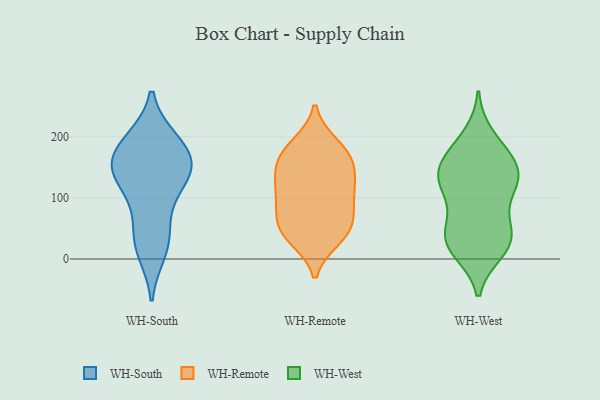
{"axis": {"x": "Revenue (USD Million)", "y": "Value"}, "legend": ["WH-Remote", "WH-South", "WH-West"], "data": [{"x": "", "y": 27, "type": "WH-South"}, {"x": "", "y": 138, "type": "WH-South"}, {"x": "", "y": 98, "type": "WH-South"}, {"x": "", "y": 193, "type": "WH-South"}, {"x": "", "y": 154, "type": "WH-South"}, {"x": "", "y": 178, "type": "WH-South"}, {"x": "", "y": 142, "type": "WH-South"}, {"x": "", "y": 158, "type": "WH-South"}, {"x": "", "y": 48, "type": "WH-South"}, {"x": "", "y": 193, "type": "WH-South"}, {"x": "", "y": 13, "type": "WH-South"}, {"x": "", "y": 134, "type": "WH-South"}, {"x": "", "y": 45, "type": "WH-Remote"}, {"x": "", "y": 113, "type": "WH-Remote"}, {"x": "", "y": 164, "type": "WH-Remote"}, {"x": "", "y": 136, "type": "WH-Remote"}, {"x": "", "y": 145, "type": "WH-Remote"}, {"x": "", "y": 103, "type": "WH-Remote"}, {"x": "", "y": 114, "type": "WH-Remote"}, {"x": "", "y": 42, "type": "WH-Remote"}, {"x": "", "y": 180, "type": "WH-Remote"}, {"x": "", "y": 166, "type": "WH-Remote"}, {"x": "", "y": 82, "type": "WH-Remote"}, {"x": "", "y": 50, "type": "WH-Remote"}, {"x": "", "y": 70, "type": "WH-Remote"}, {"x": "", "y": 35, "type": "WH-Remote"}, {"x": "", "y": 186, "type": "WH-Remote"}, {"x": "", "y": 151, "type": "WH-West"}, {"x": "", "y": 43, "type": "WH-West"}, {"x": "", "y": 20, "type": "WH-West"}, {"x": "", "y": 109, "type": "WH-West"}, {"x": "", "y": 24, "type": "WH-West"}, {"x": "", "y": 14, "type": "WH-West"}, {"x": "", "y": 65, "type": "WH-West"}, {"x": "", "y": 129, "type": "WH-West"}, {"x": "", "y": 169, "type": "WH-West"}, {"x": "", "y": 43, "type": "WH-West"}, {"x": "", "y": 129, "type": "WH-West"}, {"x": "", "y": 30, "type": "WH-West"}, {"x": "", "y": 144, "type": "WH-West"}, {"x": "", "y": 114, "type": "WH-West"}, {"x": "", "y": 177, "type": "WH-West"}, {"x": "", "y": 138, "type": "WH-West"}, {"x": "", "y": 200, "type": "WH-West"}]}